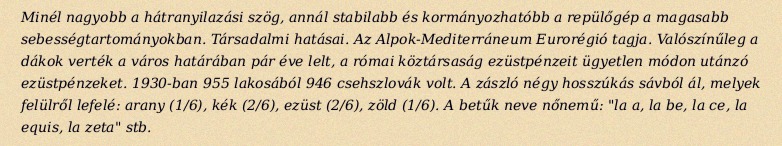
Minél nagyobb a hátranyilazási szög, annál stabilabb és kormányozhatóbb a repülőgép a magasabb sebességtartományokban. Társadalmi hatásai. Az Alpok-Mediterráneum Eurorégió tagja. Valószínűleg a dákok verték a város határában pár éve lelt, a római köztársaság ezüstpénzeit ügyetlen módon utánzó ezüstpénzeket. 1930-ban 955 lakosából 946 csehszlovák volt. A zászló négy hosszúkás sávból ál, melyek felülről lefelé: arany (1/6), kék (2/6), ezüst (2/6), zöld (1/6). A betűk neve nőnemű: "la a, la be, la ce, la equis, la zeta" stb.